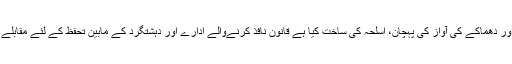
گرنیڈ، بم، راکٹ لانچر، ایس ایم جیز، گولی اور دھماکے کی آواز کی پہچان، اسلحہ کی ساخت کیا ہے قانون نافذ کرنےوالے ادارے اور دہشتگرد کے مابین تحفظ کے لئے مقابلے یہ سب شامل تھا اس خصوصی ٹریننگ میں۔